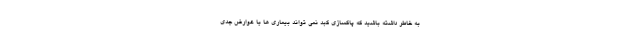
به خاطر داشته باشید که پاکسازی کبد نمی تواند بیماری ها یا عوارض جدی